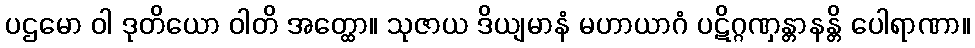
ပဌမော ဝါ ဒုတိယော ဝါတိ အတ္ထော။ သုဇာယ ဒိယျမာနံ မဟာယာဂံ ပဋိဂ္ဂဏှန္တာနန္တိ ပေါရာဏာ။